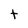
Character: t